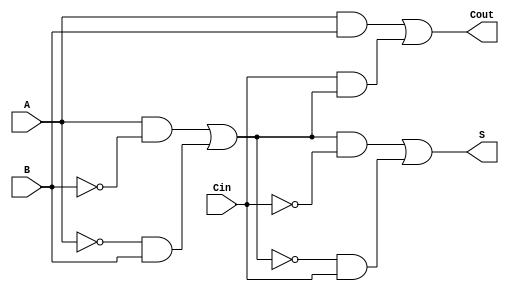
module TransmissionGateFullAdder (
    input wire A,      // First binary input
    input wire B,      // Second binary input
    input wire Cin,    // Carry input
    output wire S,     // Sum output
    output wire Cout   // Carry output
);

    // Intermediate signals for XOR and AND operations
    wire A_xor_B;      // A  B
    wire A_and_B;      // A  B
    wire Cin_and_A_xor_B; // Cin  (A  B)

    // Transmission Gate for A  B
    assign A_xor_B = (A & ~B) | (~A & B);

    // Transmission Gate for Sum S = A  B  Cin
    assign S = (A_xor_B & ~Cin) | (~A_xor_B & Cin);

    // Transmission Gate for A  B
    assign A_and_B = A & B;

    // Transmission Gate for Cin  (A  B)
    assign Cin_and_A_xor_B = Cin & A_xor_B;

    // Carry Out Cout = (A  B) + (Cin  (A  B))
    assign Cout = A_and_B | Cin_and_A_xor_B;

endmodule